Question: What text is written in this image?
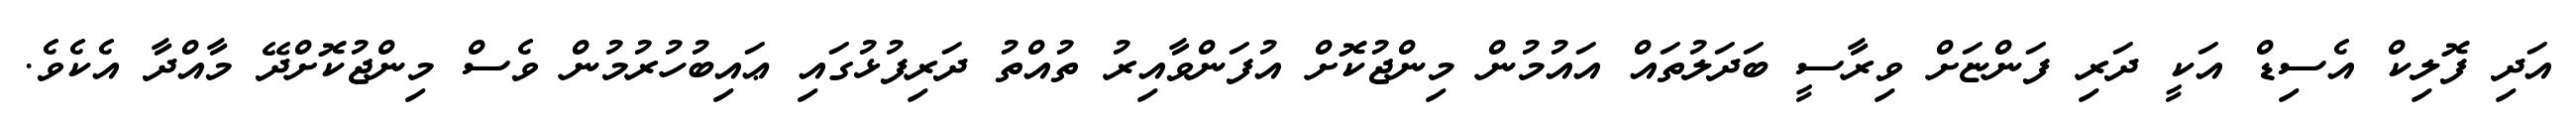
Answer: އަދި ފޮލިކް އެސިޑް އަކީ ދަރި ފަންޏަށް ވިރާސީ ބަދަލުތައް އައުމުން މިންޖުކޮށް އުފަންވާއިރު ތުއްތު ދަރިފުޅުގައި ޢައިބުހުރުމުން ވެސް މިންޖުކޮށްދޭ މާއްދާ އެކެވެ.